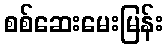
စစ်ဆေးမေးမြန်း